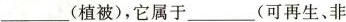
___(植被)，它属于___(可再生、非